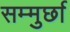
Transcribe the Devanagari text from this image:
सम्मुर्छा